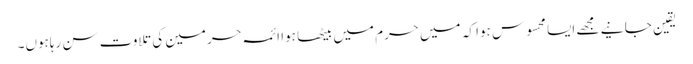
یقین جانیے مجھے ایسا محسوس ہوا کہ میں حرم میں بیٹھا ہوا ائمہ حرمین کی تلاوت سن رہاہوں۔